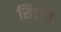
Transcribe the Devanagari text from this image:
सिटांग